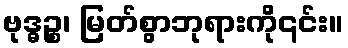
ဗုဒ္ဓဉ္စ၊ မြတ်စွာဘုရားကို၎င်း။